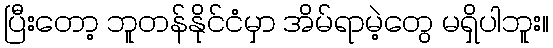
ပြီးတော့ ဘူတန်နိုင်ငံမှာ အိမ်ရာမဲ့တွေ မရှိပါဘူး။